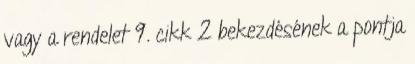
vagy a rendelet 9. cikk 2 bekezdésének a pontja